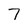
Character: 7